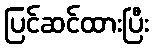
ပြင်ဆင်ထားပြီး